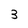
Character: 3